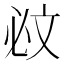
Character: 𣁉